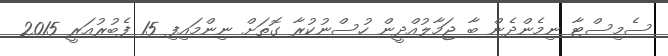
ސެމިސްޓާ ނިމެންދެން ބާ ޖަމާލުއްދީން ހުސްނުކުރާ ގޮތަށް ނިންމައިފި 15 ފެބުރުއަރީ 2015